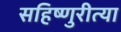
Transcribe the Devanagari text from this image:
सहिष्णुरीत्या